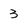
Character: 3